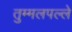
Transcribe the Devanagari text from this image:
तुम्मलपल्ले